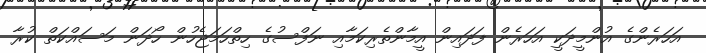
އަހަރެންގެ އުންމީދަކީ އަހަރެން ފަދައިން އީމާންތެރިކަމާއި ނަފްސުގެ ހިތްހަމަޖެހުން ހޯދަން މަސައްކަތް ކުރާ